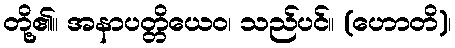
တို့၏။ အနာပတ္တိယေဝ၊ သည်ပင်။ (ဟောတိ)၊